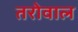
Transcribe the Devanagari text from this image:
तरोवाल